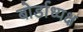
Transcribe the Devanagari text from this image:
बोर्डाध्यक्ष